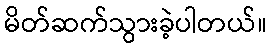
မိတ်ဆက်သွားခဲ့ပါတယ်။